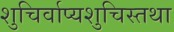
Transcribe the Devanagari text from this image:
शुचिर्वाप्यशुचिस्तथा